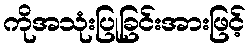
ကိုအသုံးပြုခြင်းအားဖြင့်